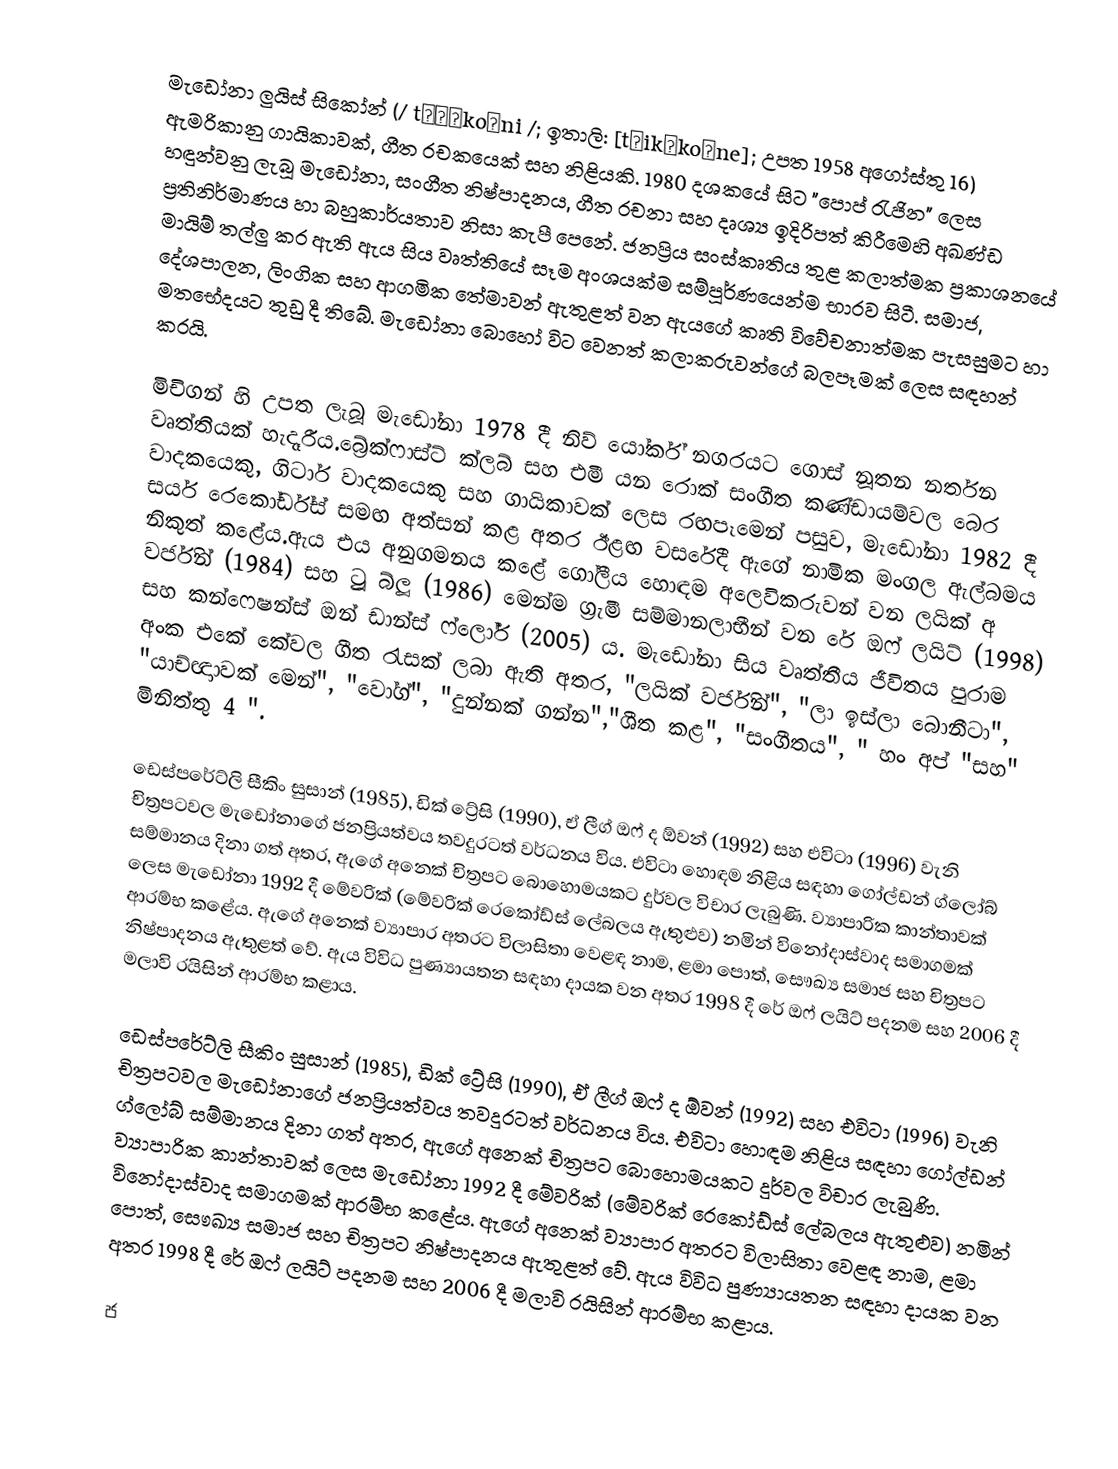
මැඩෝනා ලුයිස් සිකෝන් (/ tʃɪˈkoʊni /; ඉතාලි: [tʃikˈkoːne]; උපත 1958 අගෝස්තු 16) ඇමරිකානු ගායිකාවක්, ගීත රචකයෙක් සහ නිළියකි.  1980 දශකයේ සිට "පොප් රැජින" ලෙස හඳුන්වනු ලැබූ මැඩෝනා, සංගීත නිෂ්පාදනය, ගීත රචනා සහ දෘශ්‍ය ඉදිරිපත් කිරීමෙහි අඛණ්ඩ ප්‍රතිනිර්මාණය හා බහුකාර්යතාව නිසා කැපී පෙනේ.  ජනප්‍රිය සංස්කෘතිය තුළ කලාත්මක ප්‍රකාශනයේ මායිම් තල්ලු කර ඇති ඇය සිය වෘත්තියේ සෑම අංශයක්ම සම්පූර්ණයෙන්ම භාරව සිටී.  සමාජ, දේශපාලන, ලිංගික සහ ආගමික තේමාවන් ඇතුළත් වන ඇයගේ කෘති විවේචනාත්මක පැසසුමට හා මතභේදයට තුඩු දී තිබේ.  මැඩෝනා බොහෝ විට වෙනත් කලාකරුවන්ගේ බලපෑමක් ලෙස සඳහන් කරයි.

මිචිගන් හි උපත ලැබූ මැඩෝනා 1978 දී නිව් යෝර්ක් නගරයට ගොස් නූතන නර්තන වෘත්තියක් හැදෑරීය.බ්‍රේක්ෆාස්ට් ක්ලබ් සහ එමී යන රොක් සංගීත කණ්ඩායම්වල බෙර වාදකයෙකු, ගිටාර් වාදකයෙකු සහ ගායිකාවක් ලෙස රඟපෑමෙන් පසුව, මැඩෝනා 1982 දී සයර් රෙකෝර්ඩ්ස් සමඟ අත්සන් කළ අතර ඊළඟ වසරේදී ඇගේ නාමික මංගල ඇල්බමය නිකුත් කළේය.ඇය එය අනුගමනය කළේ ගෝලීය හොඳම අලෙවිකරුවන් වන ලයික් අ වර්ජින් (1984) සහ ට්‍රූ බ්ලූ (1986) මෙන්ම ග්‍රැමී සම්මානලාභීන් වන රේ ඔෆ් ලයිට් (1998) සහ කන්ෆෙෂන්ස් ඔන් ඩාන්ස් ෆ්ලෝර් (2005) ය. මැඩෝනා සිය වෘත්තීය ජීවිතය පුරාම අංක එකේ කේවල ගීත රැසක් ලබා ඇති අතර, "ලයික් වර්ජින්", "ලා ඉස්ලා බොනීටා", "යාච්ඥාාවක් මෙන්", "වෝග්", "දුන්නක් ගන්න","ශීත කළ", "සංගීතය", " හං අප් "සහ" මිනිත්තු 4 ".

ඩෙස්පරේට්ලි සීකිං සුසාන් (1985), ඩික් ට්‍රේසි (1990), ඒ ලීග් ඔෆ් ද ඕවන් (1992) සහ එවිටා (1996) වැනි චිත්‍රපටවල මැඩෝනාගේ ජනප්‍රියත්වය තවදුරටත් වර්ධනය විය.  එවිටා හොඳම නිළිය සඳහා ගෝල්ඩන් ග්ලෝබ් සම්මානය දිනා ගත් අතර, ඇගේ අනෙක් චිත්‍රපට බොහොමයකට දුර්වල විචාර ලැබුණි.  ව්‍යාපාරික කාන්තාවක් ලෙස මැඩෝනා 1992 දී මේවරික් (මේවරික් රෙකෝඩ්ස් ලේබලය ඇතුළුව) නමින් විනෝදාස්වාද සමාගමක් ආරම්භ කළේය. ඇගේ අනෙක් ව්‍යාපාර අතරට විලාසිතා වෙළඳ නාම, ළමා පොත්, සෞඛ්‍ය සමාජ සහ චිත්‍රපට නිෂ්පාදනය ඇතුළත් වේ.  ඇය විවිධ පුණ්‍යායතන සඳහා දායක වන අතර 1998 දී රේ ඔෆ් ලයිට් පදනම සහ 2006 දී මලාවි රයිසින් ආරම්භ කළාය.

ඩෙස්පරේට්ලි සීකිං සුසාන් (1985), ඩික් ට්‍රේසි (1990), ඒ ලීග් ඔෆ් ද ඕවන් (1992) සහ එවිටා (1996) වැනි චිත්‍රපටවල මැඩෝනාගේ ජනප්‍රියත්වය තවදුරටත් වර්ධනය විය.  එවිටා හොඳම නිළිය සඳහා ගෝල්ඩන් ග්ලෝබ් සම්මානය දිනා ගත් අතර, ඇගේ අනෙක් චිත්‍රපට බොහොමයකට දුර්වල විචාර ලැබුණි.  ව්‍යාපාරික කාන්තාවක් ලෙස මැඩෝනා 1992 දී මේවරික් (මේවරික් රෙකෝඩ්ස් ලේබලය ඇතුළුව) නමින් විනෝදාස්වාද සමාගමක් ආරම්භ කළේය. ඇගේ අනෙක් ව්‍යාපාර අතරට විලාසිතා වෙළඳ නාම, ළමා පොත්, සෞඛ්‍ය සමාජ සහ චිත්‍රපට නිෂ්පාදනය ඇතුළත් වේ.  ඇය විවිධ පුණ්‍යායතන සඳහා දායක වන අතර 1998 දී රේ ඔෆ් ලයිට් පදනම සහ 2006 දී මලාවි රයිසින් ආරම්භ කළාය.

ජ